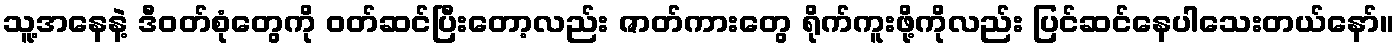
သူ့အနေနဲ့ ဒီဝတ်စုံတွေကို ဝတ်ဆင်ပြီးတော့လည်း ဇာတ်ကားတွေ ရိုက်ကူးဖို့ကိုလည်း ပြင်ဆင်နေပါသေးတယ်နော်။